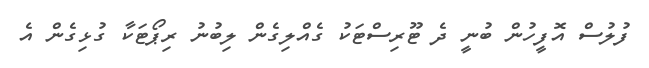
ފުލުސް އޮފީހުން ބުނީ ދެ ޓޫރިސްޓަކު ގެއްލިގެން ލިބުނު ރިޕޯޓަކާ ގުޅިގެން އެ